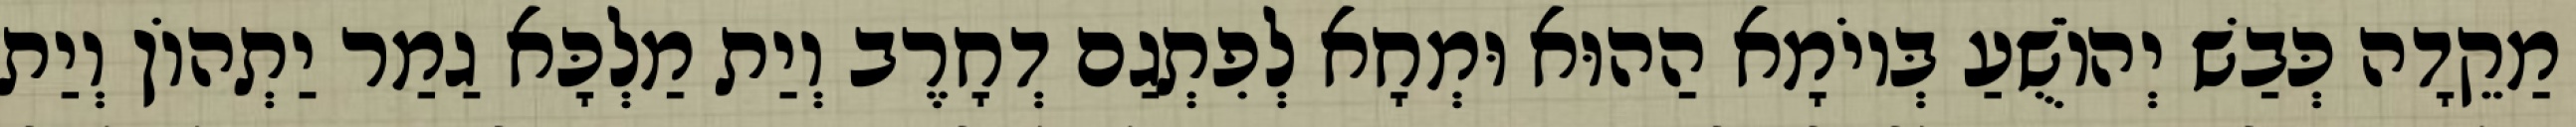
מַקֵדָה כְּבַשׁ יְהוֹשֻׁעַ בְּיוֹמָא הַהוּא וּמְחָא לְפִתְגַם דְחָרֶב וְיַת מַלְכָּא גַמַר יַתְהוֹן וְיַת